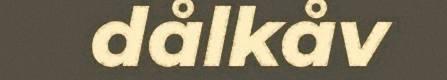
dålkåv